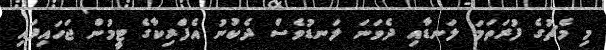
މި މެޗުގެ ފުރަތަމަ ލަނޑާއި ދެވަނަ ލަނޑުވެސް ދެކުނު އެފްރިކާގެ ޓީމުން ޖަހައިފައި